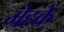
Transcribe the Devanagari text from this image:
मेहकें